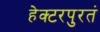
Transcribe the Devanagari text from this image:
हेक्टरपुरतं